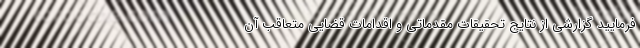
فرمایید گزارشی از نتایج تحقیقات مقدماتی و اقدامات قضایی متعاقب آن